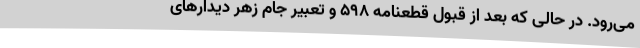
می‌رود. در حالی که بعد از قبول قطعنامه 598 و تعبیر جام زهر دیدارهای